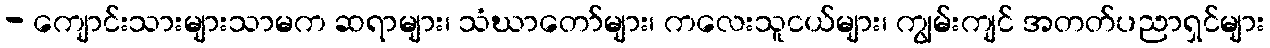
- ကျောင်းသားများသာမက ဆရာများ၊ သံဃာတော်များ၊ ကလေးသူငယ်များ၊ ကျွမ်းကျင် အတတ်ပညာရှင်များ